Piroplasma canis and its life cycle in the tick - Number 29
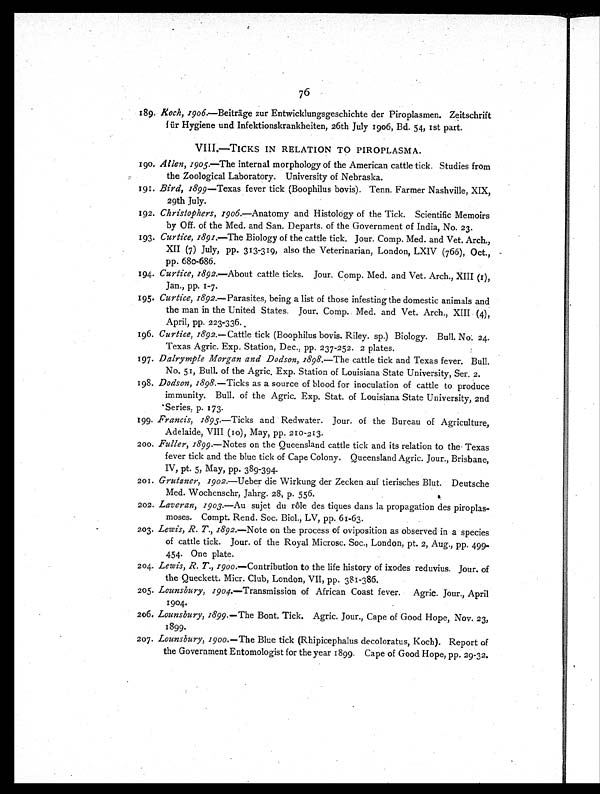
76
189. Koch, 1906.—Beiträge zur Entwicklungsgeschichte der Piroplasmen. Zeitschrift
für Hygiene und Infektionskrankheiten, 26th July 1906, Bd. 54, 1st part.
VIII.—TICKS IN RELATION TO PIROPLASMA.
190. Allen, 1905.—The internal morphology of the American cattle tick. Studies from
the Zoological Laboratory. University of Nebraska.
191. Bird, 1899—Texas fever tick (Boophilus bovis). Tenn. Farmer Nashville, XIX,
29th July.
192. Christophers, 1906.—Anatomy and Histology of the Tick. Scientific Memoirs
by Off. of the Med. and San. Departs. of the Government of India, No. 23.
193. Curtice, 1891.— The Biology of the cattle tick. Jour. Comp. Med. and Vet. Arch.,
XII (7) July, pp. 313-319, also the Veterinarian, London, LXIV (766), Oct.,
pp. 680-686.
194. Curtice, 1892.—About cattle ticks. Jour. Comp. Med. and Vet. Arch., XIII (1),
Jan., pp. 1-7.
195. Curtice, 1892.—Parasites, being a list of those infesting the domestic animals and
the man in the United States. Jour. Comp. Med. and Vet. Arch., XIII (4),
April, pp. 223-336.
196. Curtice, 1892.—Cattle tick (Boophilus bovis. Riley. sp.) Biology. Bull, No. 24.
Texas Agric. Exp. Station, Dec., pp. 237-252. 2 plates.
197. Dalrymple Morgan and Dodson, 1898.— The cattle tick and Texas fever. Bull.
No. 51, Bull. of the Agric. Exp. Station of Louisiana State University, Ser. 2.
198. Dodson, 1898.—Ticks as a source of blood for inoculation of cattle to produce
immunity. Bull. of the Agric. Exp. Stat. of Louisiana State University, 2nd
Series, p. 173.
199. Francis, 1895.—Ticks and Redwater. Jour. of the Bureau of Agriculture,
Adelaide, VIII (10), May, pp. 210-213.
200. Fuller, 1899.—Notes on the Queensland cattle tick and its relation to the Texas
fever tick and the blue tick of Cape Colony. Queensland Agric. Jour., Brisbane,
IV, pt. 5, May, pp. 389-394.
201. Grutzner, 1902.– Ueber die Wirkung der Zecken auf tierisches Blut. Deutsche
Med. Wochenschr, Jahrg. 28, p. 556.
202. Laveran, 1903.—Au sujet du rôle des tiques dans la propagation des piroplas-
moses. Compt. Rend. Soc. Biol., LV, pp. 61-63.
203. Lewis, R. T., 1892.— Note on the process of oviposition as observed in a species
of cattle tick. Jour. of the Royal Microsc. Soc., London, pt. 2, Aug., pp. 499
- 4 5 4 . O n e p l a t e .
204. Lewis, R. T., 1900.—Contribution to the life history of ixodes reduvius. Jour. of
the Queckett. Micr. Club, London, VII, pp. 381-386.
205. Lounsbury, 1904.—Transmission of African Coast fever. Agric. Jour., April
1904.
206. Lounsbury, 1899.— The Bont. Tick. Agric. Jour., Cape of Good Hope, Nov. 23,
1899.
207. Lounsbury, 1900.—The Blue tick (Rhipicephalus decoloratus, Koch). Report of
the Government Entomologist for the year 1899. Cape of Good Hope, pp. 29-32.